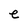
Character: e